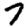
Digit: 7